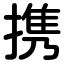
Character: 携